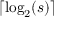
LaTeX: \lceil \log _ { 2 } ( s ) \rceil